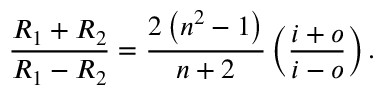
{ \frac { R _ { 1 } + R _ { 2 } } { R _ { 1 } - R _ { 2 } } } = { \frac { 2 \left( n ^ { 2 } - 1 \right) } { n + 2 } } \left( { \frac { i + o } { i - o } } \right) .